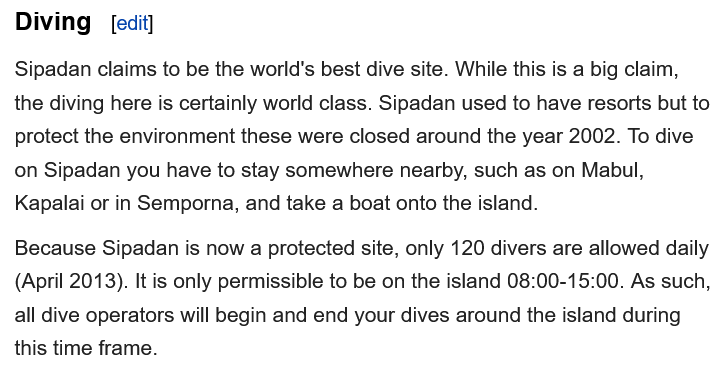
Diving
  Sipadan claims to be the world's best dive site. While this is a big claim,
  the diving here is certainly world class. Sipadan used to have resorts but to
  protect the environment these were closed around the year 2002. To dive
  on Sipadan you have to stay somewhere nearby, such as on Mabul,
  Kapalai or in Semporna, and take a boat onto the island.
  Because Sipadan is now
  a
     protected site, only 120 divers are allowed daily
  (April 2013). It is only permissible to be on the island 08:00-15:00. As such,
  all dive operators will begin and end your dives around the island during
  this time frame.
     [edit]